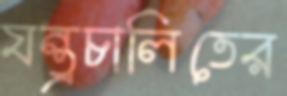
যন্ত্রচালিতের